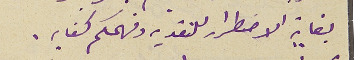
بغاية الاضطرار للنقدي وفهمكم كفايه.